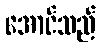
အောင်သည်